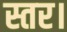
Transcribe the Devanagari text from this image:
स्तर।